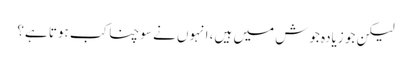
لیکن جو زیادہ جوش میں ہیں، انہوں نے سوچنا کب ہوتا ہے؟